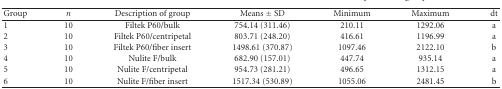
| Group | n | Description of group | Means ± SD | Minimum | Maximum | dt |
 | --- | --- | --- | --- | --- | --- | --- |
 | 1 | 10 | Filtek P60/bulk | 754.14 (311.46) | 210.11 | 1292.06 | a |
 | 2 | 10 | Filtek P60/centripetal | 803.71 (248.20) | 416.61 | 1196.99 | a |
 | 3 | 10 | Filtek P60/fiber insert | 1498.61 (370.87) | 1097.46 | 2122.10 | b |
 | 4 | 10 | Nulite F/bulk | 682.90 (157.01) | 447.74 | 935.14 | a |
 | 5 | 10 | Nulite F/centripetal | 954.73 (281.21) | 496.65 | 1312.15 | a |
 | 6 | 10 | Nulite F/fiber insert | 1517.34 (530.89) | 1055.06 | 2481.45 | b |